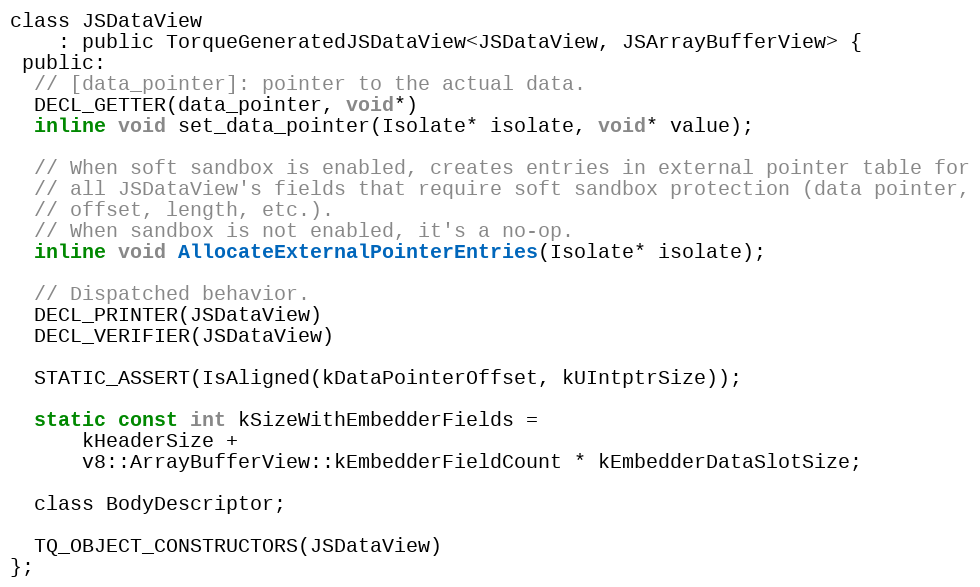
Language: C
class JSDataView
    : public TorqueGeneratedJSDataView<JSDataView, JSArrayBufferView> {
 public:
  // [data_pointer]: pointer to the actual data.
  DECL_GETTER(data_pointer, void*)
  inline void set_data_pointer(Isolate* isolate, void* value);

  // When soft sandbox is enabled, creates entries in external pointer table for
  // all JSDataView's fields that require soft sandbox protection (data pointer,
  // offset, length, etc.).
  // When sandbox is not enabled, it's a no-op.
  inline void AllocateExternalPointerEntries(Isolate* isolate);

  // Dispatched behavior.
  DECL_PRINTER(JSDataView)
  DECL_VERIFIER(JSDataView)

  STATIC_ASSERT(IsAligned(kDataPointerOffset, kUIntptrSize));

  static const int kSizeWithEmbedderFields =
      kHeaderSize +
      v8::ArrayBufferView::kEmbedderFieldCount * kEmbedderDataSlotSize;

  class BodyDescriptor;

  TQ_OBJECT_CONSTRUCTORS(JSDataView)
};